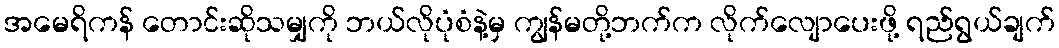
အမေရိကန် တောင်းဆိုသမျှကို ဘယ်လိုပုံစံနဲ့မှ ကျွန်မတို့ဘက်က လိုက်လျောပေးဖို့ ရည်ရွယ်ချက်